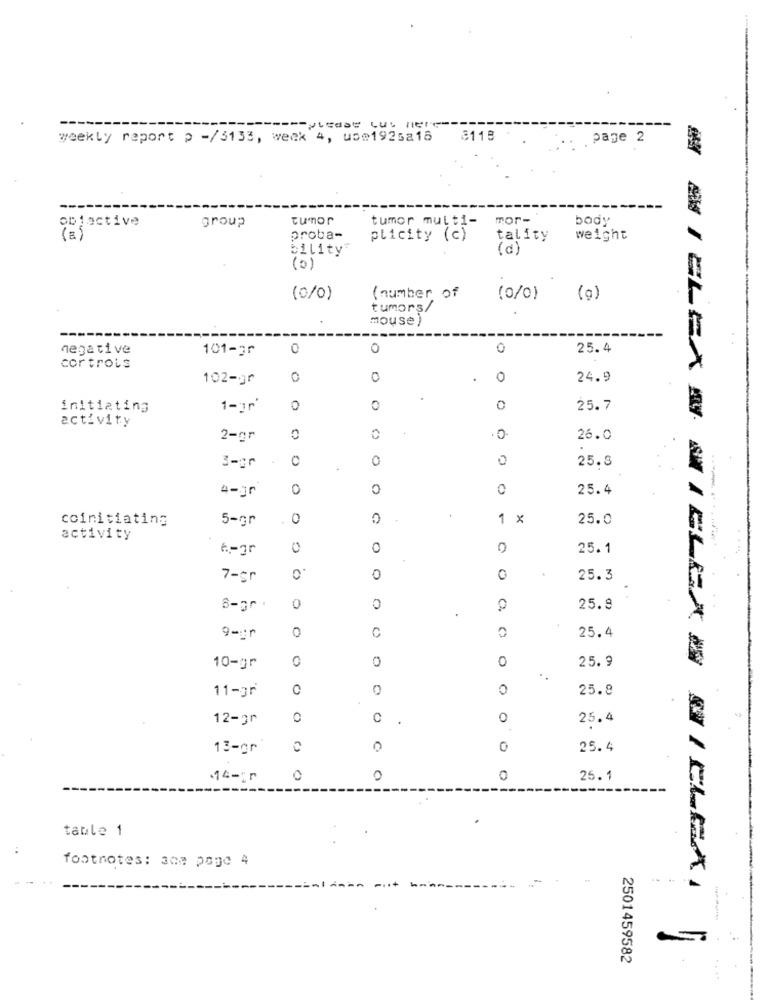
weekly report p -/3133, week 4, use1925a18
3119
page 2
objective
tumor
mor-
body
group
tumor multi-
( a)
proba-
plicity (c)
tality
weight
bility"
(d)
(0)
(0/0)
( number of
(0/0)
(a)
tumors/
mouse )
negative
101-2r
0
0
0
25.4
cor trois
102-gr
0
.
0
24.9
initiating
1-1r'
0
25.7
activity
SI CLEX
2-gr
0
0
0
26.0
3-gr
0
0
0
25.8
4-35
0
0
0
25.4
coinitiating
5-Gr
0
1 x
25.0
activity
0
0
25.1
7-gr
0
0
0
25.3
0
0
25.9
C
0
25.4
Q-gr
O
0
0
0
25.9
10-gr
11-gr
0
0
0
25.8
12-gr
0
0
.
0
25.4
13-gr
0
25.4
-14-1r
0
0
0
25.1
table 1
footnotes: ane page 4
M I CLEX 0 0 I CLEXI
2501459582